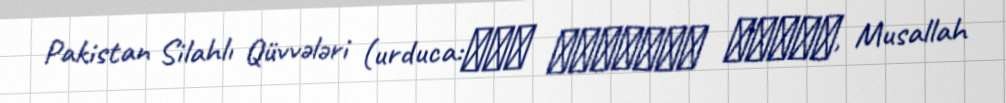
Pakistan Silahlı Qüvvələri (urduca:پاک مُسَلّح افواج, Musallah